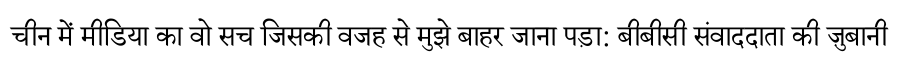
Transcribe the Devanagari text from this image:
चीन में मीडिया का वो सच जिसकी वजह से मुझे बाहर जाना पड़ा: बीबीसी संवाददाता की ज़ुबानी